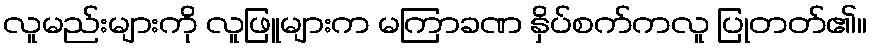
လူမည်းများကို လူဖြူများက မကြာခဏ နှိပ်စက်ကလူ ပြုတတ်၏။